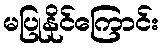
မပြုနိုင်ကြောင်း